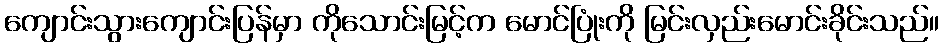
ကျောင်းသွားကျောင်းပြန်မှာ ကိုသောင်းမြင့်က မောင်ပြုံးကို မြင်းလှည်းမောင်းခိုင်းသည်။